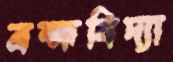
ব্রহ্মবিদ্যা